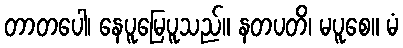
တာတပေါ၊ နေပူမြေပူသည်။ နတပတိ၊ မပူစေ။ မံ